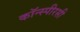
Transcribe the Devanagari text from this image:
कॉन्स्पीरसी